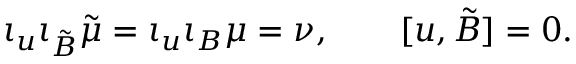
\iota _ { u } \iota _ { { \tilde { B } } } { \tilde { \mu } } = \iota _ { u } \iota _ { B } \mu = \nu , \qquad [ u , { \tilde { B } } ] = 0 .